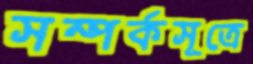
সম্পর্কসূত্রে